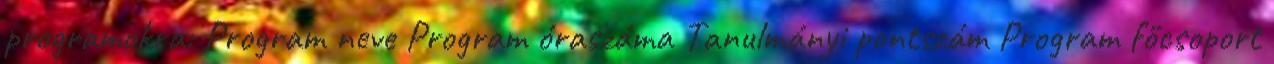
programokra: Program neve Program óraszáma Tanulmányi pontszám Program főcsoport